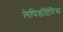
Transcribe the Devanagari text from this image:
लेपिडॉप्टेरिस